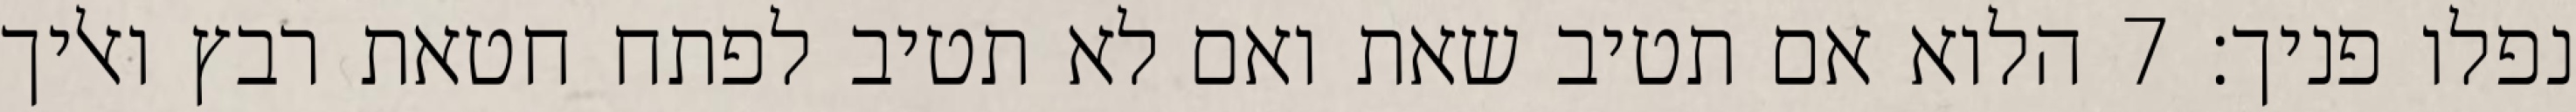
נפלו פניך׃ ‎7‏ הלוא אם תטיב שאת ואם לא תטיב לפתח חטאת רבץ ואליך